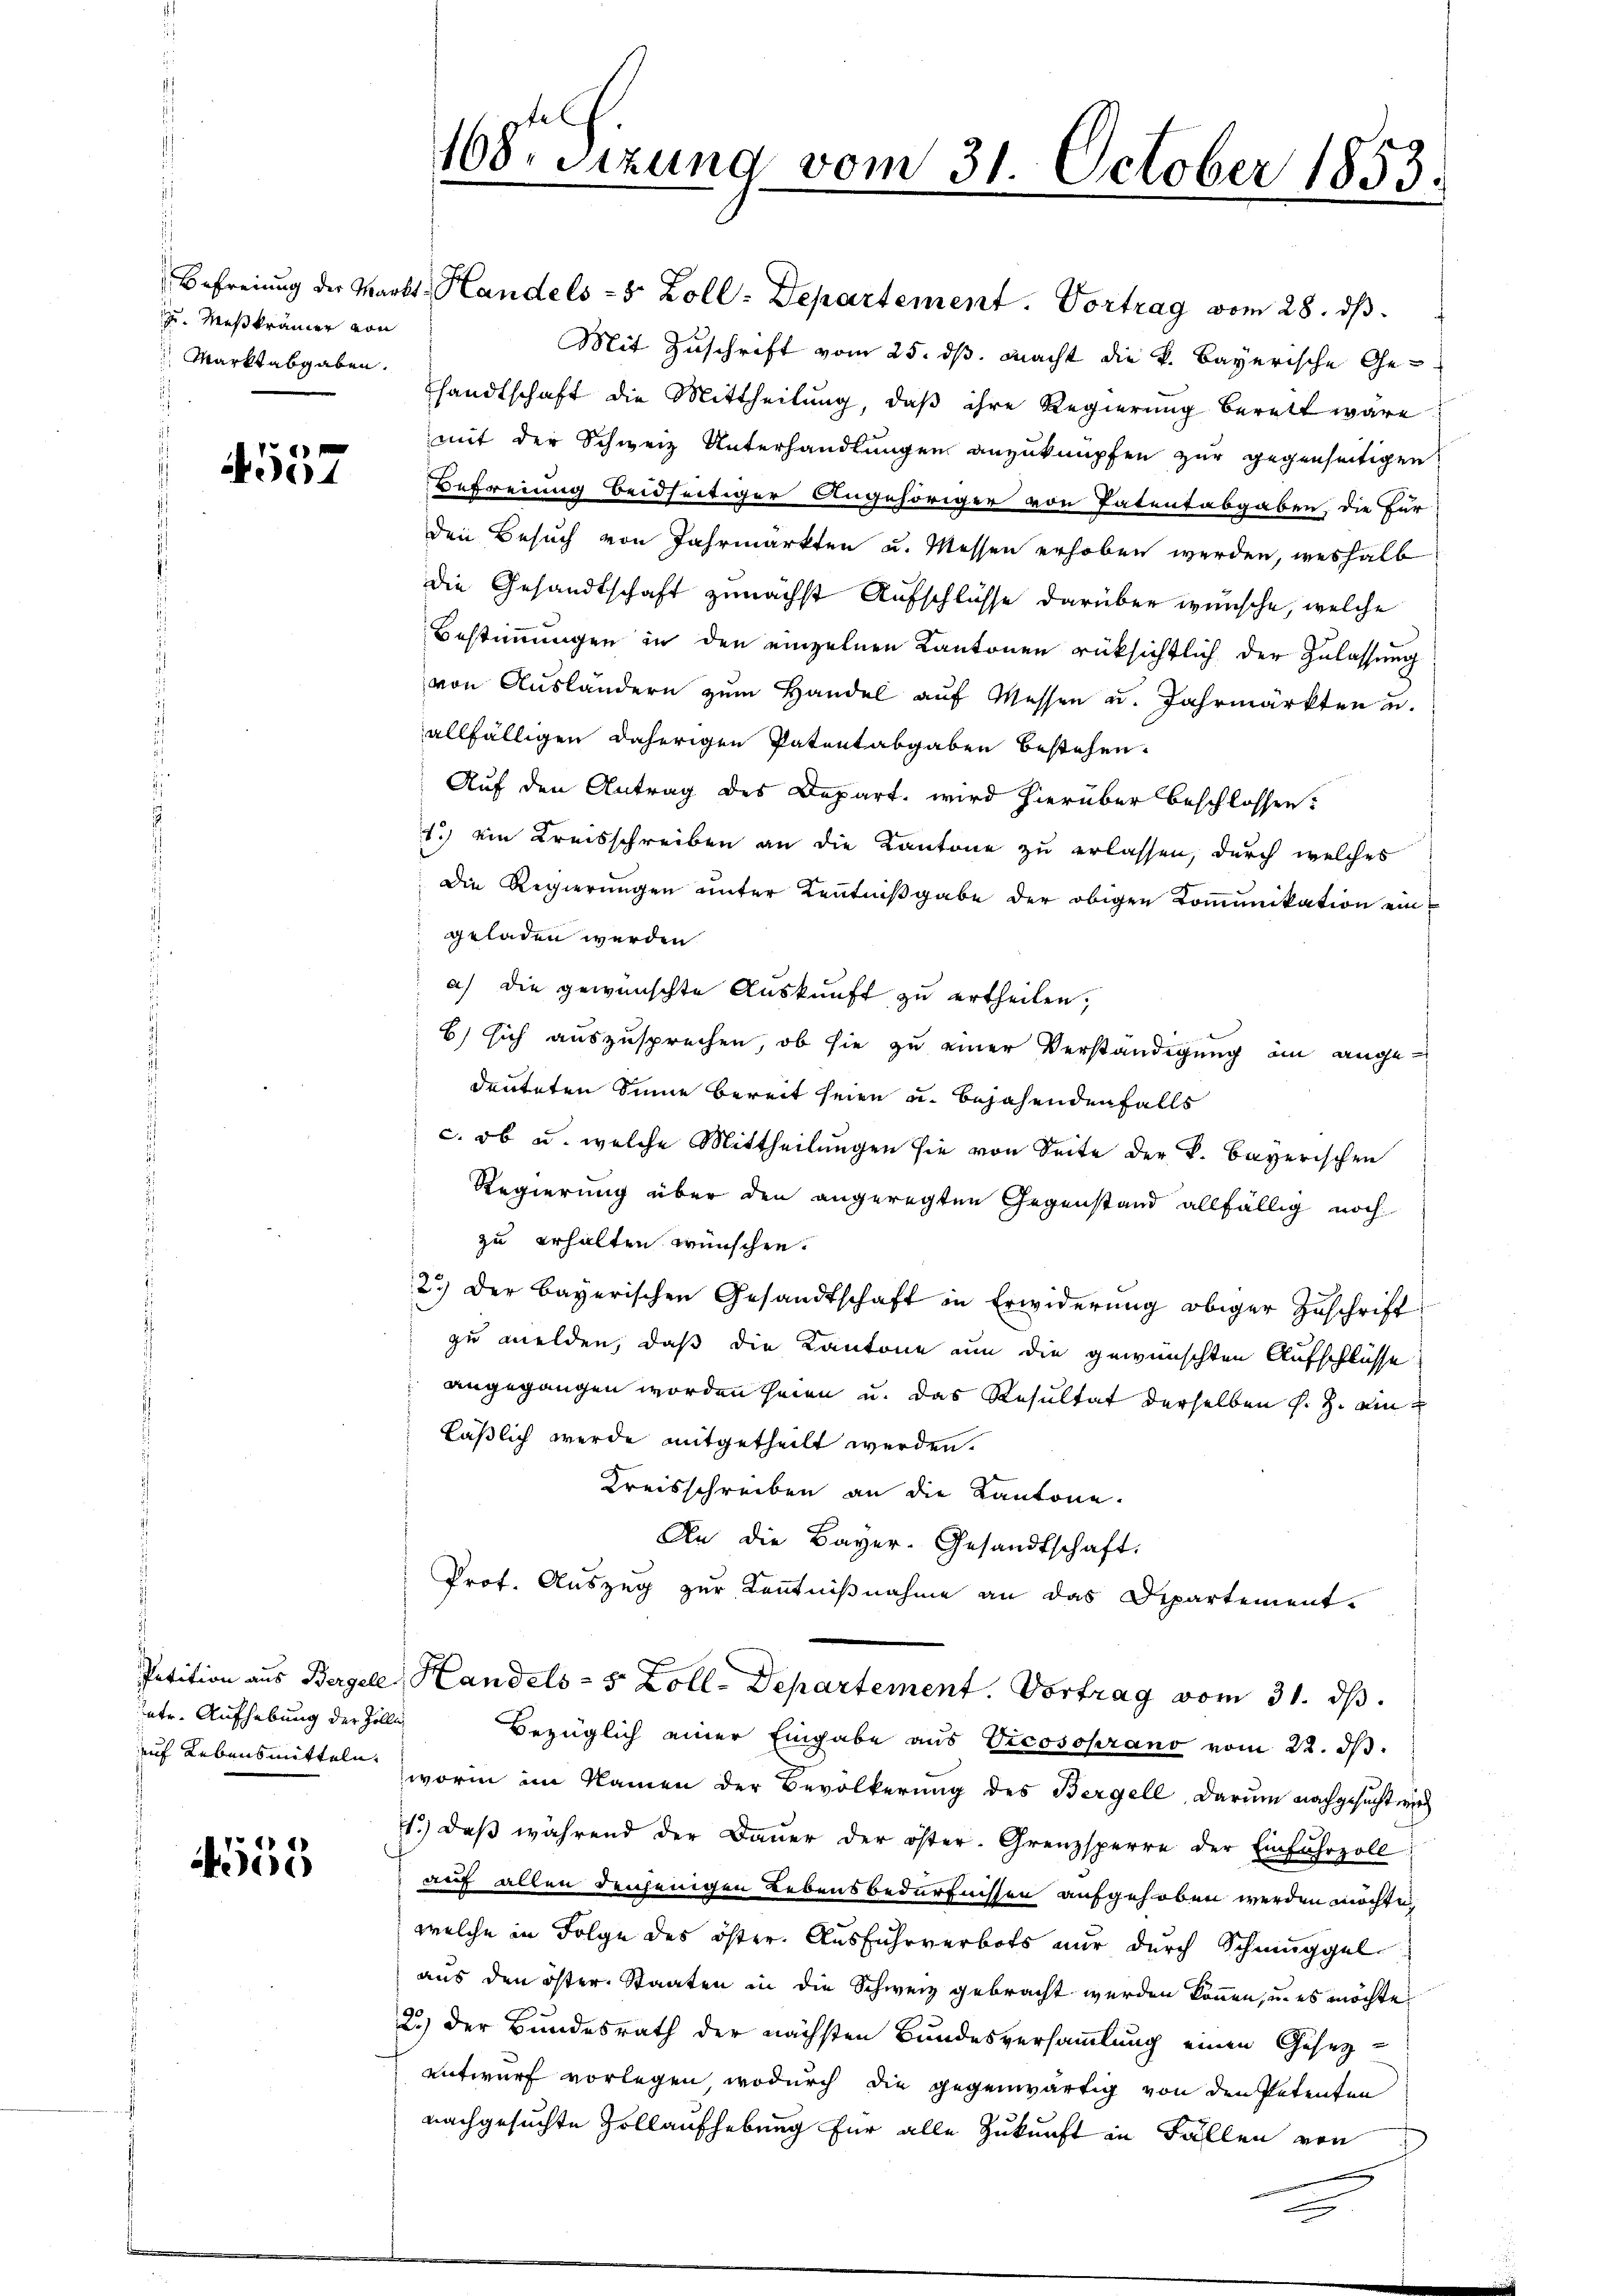
Meßkrämer von
 Marktabgaben.
.

4557

atr. Aufhebung der Zolli

6
4550

168. Sitzung vom 31. October 1853.

Befreiung der Markt. Handels- 5 Zoll: Departement. Vortrag vom 28. dβ.
Mit Zuschrift vom 25. ds. macht die k. Bayerische Gehandtschaft die Mittheilung, daβ ihre Regierung berett wäre
mit der Schweiz Unterhandlungen anzuknüpfen zur gegenseitigen
Befreiung beidseitiger Angehöriger von Patentabgaben, die für
den Besuch von Jahrmärkten u. Messen erhoben werden, weshalb
die Gesandtschaft zunächst Aufschlüsse darüber wünsche, welche
Bestimmungen in den einzelnen Kantonen rüksichtlich der Zulassung
von Ausländern zum Handel auf Messen u. Jahrmärkten u.
allfälligen daherigen Patentabgaben bestehen.
Auf den Antrag des Depart, wird hierüber beschlossen:
1.) Ein Kreisschreiben an die Kantone zu erlassen, durch welches
Die Regierungen unter Kenntnißgabe der obigen Kommunikation eingeladen werden.
a) die gewünschte Auskunft zu ertheilen,
B) sich auszusprechen, ob sie zu einer Verständigung an angedeuteten Sinne bereit seien u. bejahendenfalls
c. ob u. welche Mittheilungen sie von Seite der K. Bayerischen
Regierung über den angeregten Gegenstand allfällig noch
zu erhalten wünschen.
2.) Der Bayerischen Gesandtschaft in Erwiderŭng obiger Zŭschrift
zu melden, daß die Kantone um die gewünschten Aufschlüsse
 angegangen worden seien u. das Resultat derselben s. Z. einläßlich werde mitgetheilt werden.
Kreisschreiben an die Kantone.
An die Bayer. Gesandtschaft.
Prof. Auszug zur Kenntniβnahme an das Departement-
Petition aus Bergele Handels- 5 Zoll- Departement. Vortrag vom 31. ds.
Bezüglich einer Eingabe aus Vicosoprano vom 22. dβ.
auf Lebensmitteln, worin im Namen der Bevölkerung des Bergell, darum nachgesucht wird
1. daβ während der Baŭer der öster. Grenzsperre der Einfuhrzoll
auf allen denjenigen Lebensbedürfnissen aufgehoben werden möchte,
welche in Folge des öster. Ausfuhrverbots nur durch Schmuggelaus den öster. Staaten in die Schweiz gebracht werden können, u. es möchte
2.) Der Bundesrath der nächsten Bundesversammlung einen Gesetz-
entwurf vorlegen, wodurch die gegenwärtig von den Petenten
nachgesuchte Zollaufhebung für alle Zukunft in Fällen von